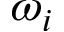
\omega _ { i }